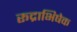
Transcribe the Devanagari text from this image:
रूद्राभिषेक